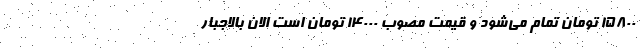
۱۵۸۰۰ تومان تمام می‌شود و قیمت مصوب ۱۴۰۰۰ تومان است الان بالاجبار